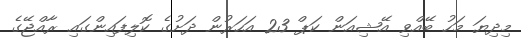
މިދިޔަ މަހު ބޭއްވި އޭޝިއަން ކަޕް 23 އަހަރުން ދަށުގެ ކޮލިފައިންގައި ރާއްޖޭގެ